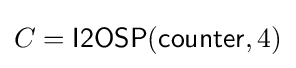
C={\mathsf {I2OSP}}({\mathsf {counter}},4)